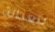
للعدالة